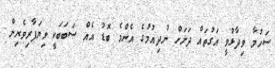
ސަހުމާ ވިދާޅުވީ އަގުތައް ދަށަށް ނުދިއުމުގެ އެންމެ ބޮޑު އެއް ސަބަބަކީ ވިޔަފާރިވެރިން